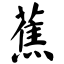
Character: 蕉